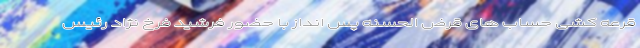
قرعه کشی حساب های قرض الحسنه پس انداز با حضور فرشید فرخ نژاد رئیس